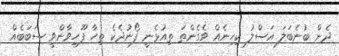
ދެން ބުނެބަލަ އަސްލު ކިހިނެއް ވެގެންތަ ތިއުޅެނީ ފޯނުދެކެ ތިހާ ފޫހިވާންވީ ސަބަބެއް